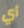
أي